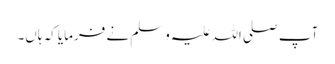
آپ صلی اللہ علیہ وسلم نے فرمایا کہ ہاں۔